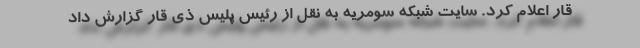
قار اعلام کرد. سایت شبکه سومریه به نقل از رئیس پلیس ذی قار گزارش داد